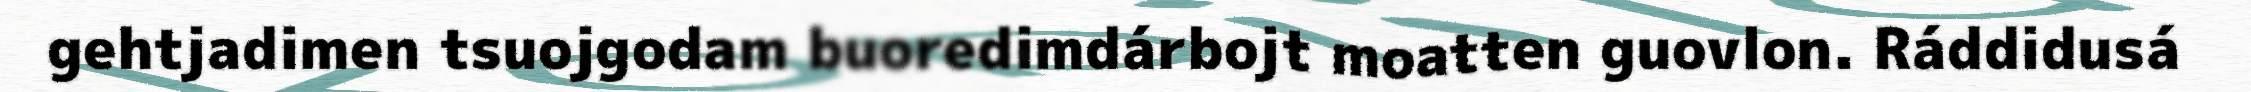
gehtjadimen tsuojgodam buoredimdárbojt moatten guovlon. Ráddidusá